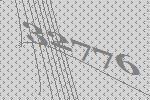
32776